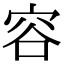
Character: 容